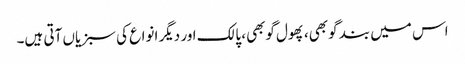
اس میں بند گوبھی، پھول گوبھی، پالک اور دیگر انواع کی سبزیاں آتی ہیں۔